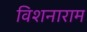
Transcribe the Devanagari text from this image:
विशनाराम